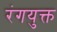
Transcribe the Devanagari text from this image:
रंगयुक्त